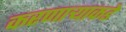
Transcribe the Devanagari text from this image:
करणाऱ्याकडे